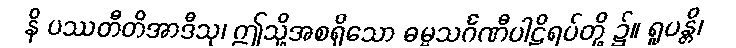
နိ ပဿတီတိအာဒီသု၊ ဤသို့အစရှိသော ဓမ္မသင်္ဂဏီပါဠိရပ်တို့ ၌။ ရူပန္တိ၊